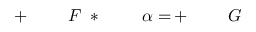
G \! \! \! \! \! \! \! \! \! \! \! \! ^ { \! } \! \! \! \! \! \! \! \! \! \! \! + \! \! \! \! \! \! \! \! \! \! \! \! = \! \! \! \! \! \! \! \! \! \! \! \! \alpha \! \! \! \! \! \! \! \! \! \! \! \! _ { \! } \! \! \! \! \! \! \! \! \! \! \! * \! \! \! \! \! \! \! \! \! \! \! \! F \! \! \! \! \! \! \! \! \! \! \! \! ^ { \! } \! \! \! \! \! \! \! \! \! \! \! + \! \! \! \! \! \! \! \! \! \! \!